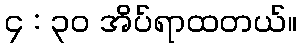
၄ : ၃၀ အိပ်ရာထတယ်။